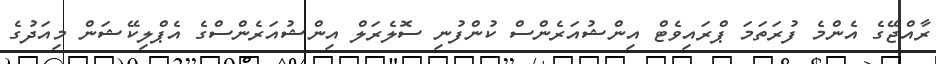
ރާއްޖޭގެ އެންމެ ފުރަތަމަ ޕްރައިވެޓް އިންޝުއަރެންސް ކުންފުނި ސޮލެރަލް އިންޝުއަރެންސްގެ އެޕްލިކޭޝަން މިއަދުގެ